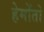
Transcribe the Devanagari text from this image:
हेमोंतो